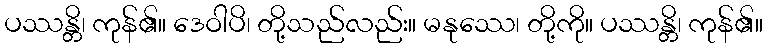
ပဿန္တိ၊ ကုန်၏။ ဒေဝါပိ၊ တို့သည်လည်း။ မနုဿေ၊ တို့ကို။ ပဿန္တိ၊ ကုန်၏။